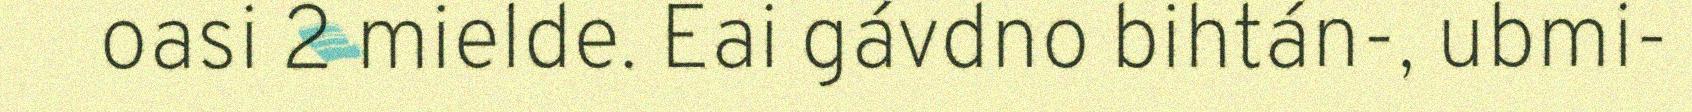
oasi 2 mielde. Eai gávdno bihtán-, ubmi-